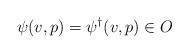
\begin{align*}\psi(v,p) = \psi^\dagger(v,p) \in O\end{align*}